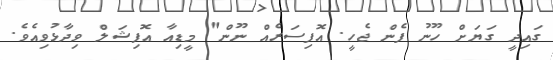
ގައިދީ ގަޔަށް ހޫނު ފެން ޖެހީ. އޮފިސަރެއް ނޫން" މީޑިއާ އޮފިޝަލް ވިދާޅުވިއެވެ.